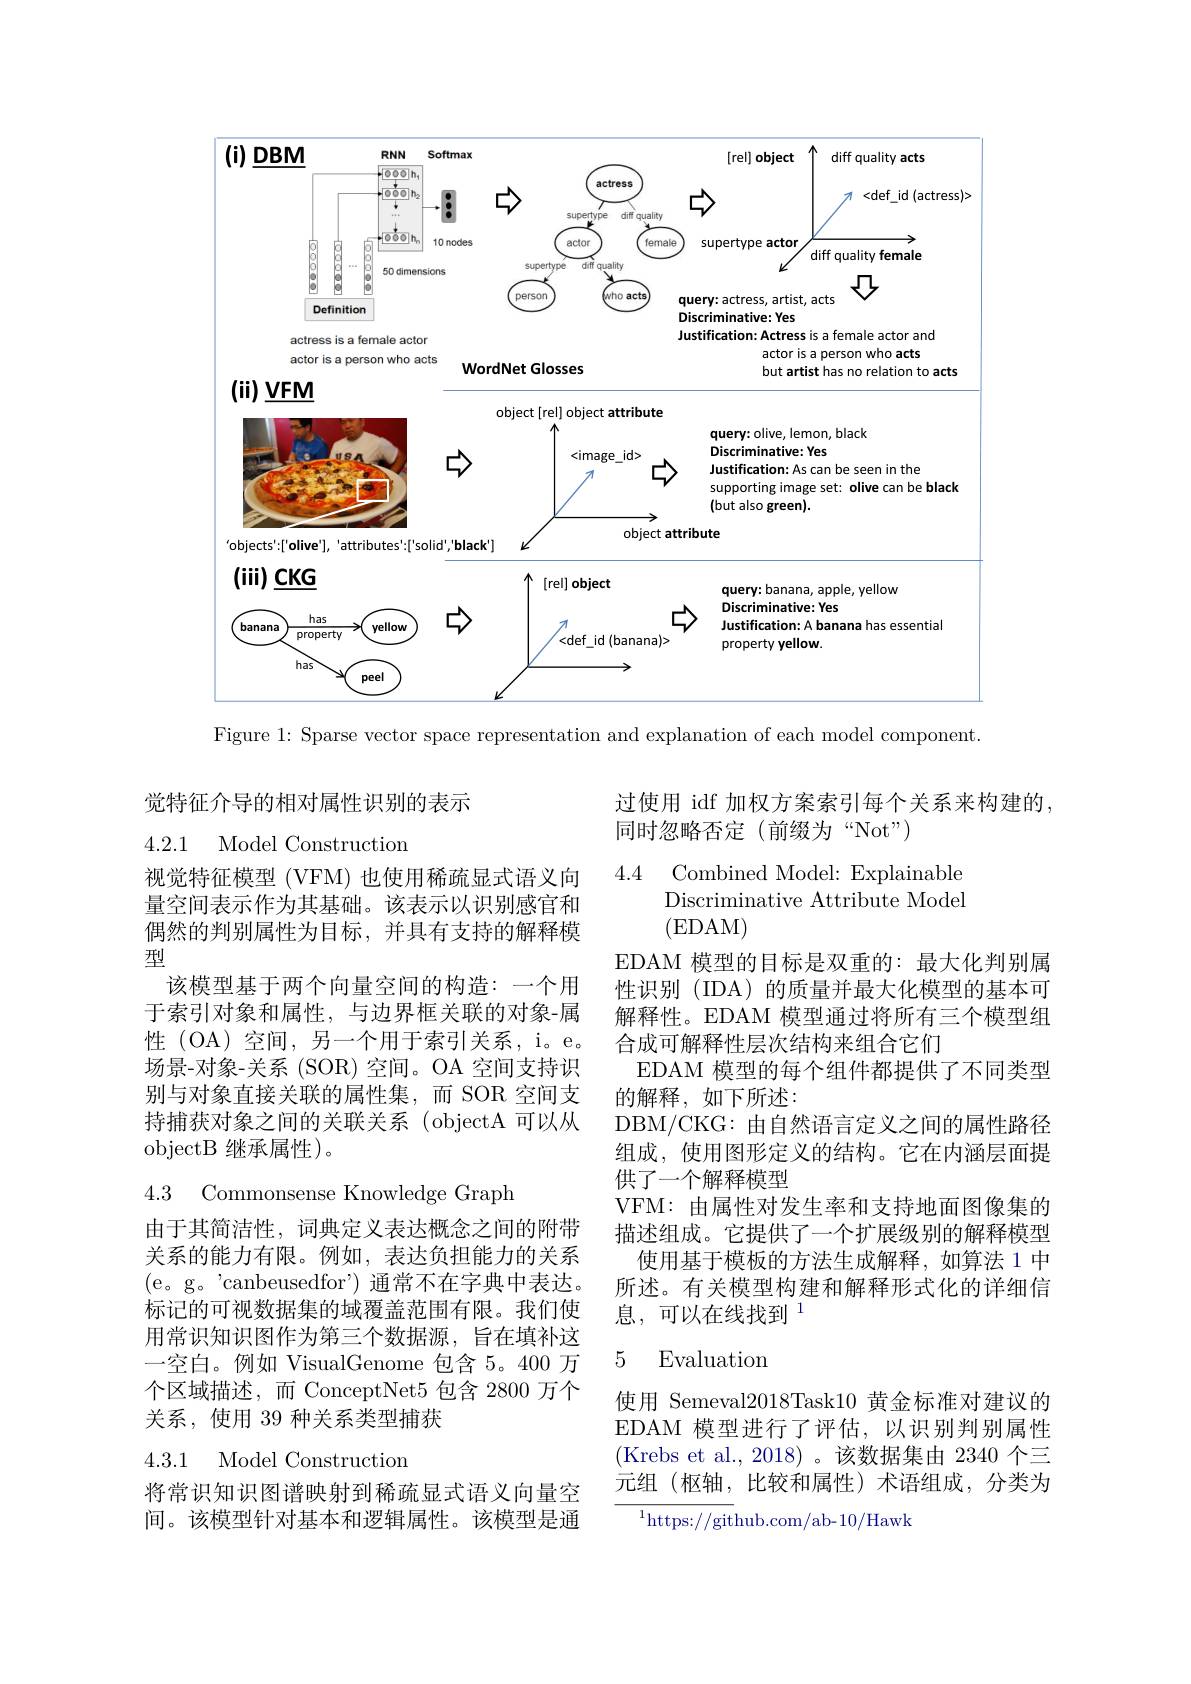
<FigureHere>

Figure 1: Sparse vector space representation and explanation of each model component.

觉特征介导的相对属性识别的表示

4.2.1 Model Construction

视觉特征模型 (VFM) 也使用稀疏显式语义向量空间表示作为其基础。该表示以识别感官和偶然的判别属性为目标，并具有支持的解释模型
该模型基于两个向量空间的构造：一个用于索引对象和属性，与边界框关联的对象-属性 (OA)空间，另一个用于索引关系，i。e。场景-对象-关系 (SOR) 空间。OA 空间支持识别与对象直接关联的属性集，而 SOR 空间支持捕获对象之间的关联关系 (objectA 可以从objectB 继承属性)。

4.3 Commonsense Knowledge Graph

由于其简洁性，词典定义表达概念之间的附带关系的能力有限。例如，表达负担能力的关系(e。g。'canbeusedfor') 通常不在字典中表达。标记的可视数据集的域覆盖范围有限。我们使用常识知识图作为第三个数据源，旨在填补这一空白。例如 VisualGenome 包含 5。400 万个区域描述，而 ConceptNet5 包含 2800 万个关系，使用 39 种关系类型捕获

4.3.1 Model Construction

将常识知识图谱映射到稀疏显式语义向量空间。该模型针对基本和逻辑属性。该模型是通

过使用 idf 加权方案索引每个关系来构建的
同时忽略否定(前缀为“Not”)

4.4
Combined Model: Explainable Discriminative Attribute Model (EDAM)
EDAM 模型的目标是双重的：最大化判别属性识别 (IDA) 的质量并最大化模型的基本可解释性。EDAM 模型通过将所有三个模型组合成可解释性层次结构来组合它们
EDAM 模型的每个组件都提供了不同类型
的解释，如下所述：
DBM/CKG: 由自然语言定义之间的属性路径组成，使用图形定义的结构。它在内涵层面提供了一个解释模型
VFM: 由属性对发生率和支持地面图像集的描述组成。它提供了一个扩展级别的解释模型
使用基于模板的方法生成解释，如算法 1 中所述。有关模型构建和解释形式化的详细信息，可以在线找到$^{1}$

# 5 Evaluation

使用 Semeval2018Task10 黄金标准对建议的EDAM 模型进行了评估，以识别判别属性(Krebs et al.,2018)。该数据集由 2340 个三元组(枢轴，比较和属性)术语组成，分类为

$^{1}$https://github.com/ab-10/Hawk